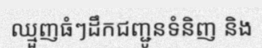
ឈ្មួញធំៗដឹកជញ្ជូនទំនិញ និង